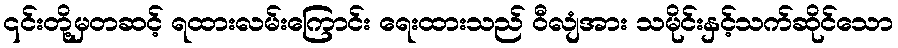
၎င်းတို့မှတဆင့် ရထားလမ်းကြောင်း ရေးထားသည် ဝီလျံအား သမိုင်းနှင့်သက်ဆိုင်သော